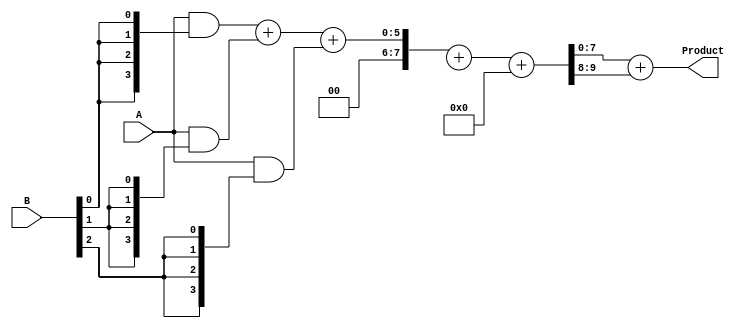
module wallace_tree_multiplier #(parameter N = 4) (
    input [N-1:0] A,
    input [N-1:0] B,
    output reg [2*N-1:0] Product
);

// Internal wires for partial products
wire [N-1:0] pp [0:N-1]; // Partial Products
wire [2*N-1:0] sum [0:N-1]; // Sum outputs from CSAs
wire [2*N-1:0] carry [0:N-1]; // Carry outputs from CSAs

// Generate partial products
genvar i, j;
generate
    for (i = 0; i < N; i = i + 1) begin : partial_product_generation
        assign pp[i] = A & {N{B[i]}};
    end
endgenerate

// Reduce partial products using Carry-Save Adder structure
generate
    for (i = 0; i < N; i = i + 1) begin : reduction_stage
        if (i < N-1) begin
            // First-level CSA
            if (i % 2 == 0) begin
                assign {carry[i], sum[i]} = pp[i] + pp[i+1] + (i + 2 < N ? pp[i+2] : 0);
            end
        end
    end
endgenerate

// Final addition stage
wire [2*N-1:0] final_sum, final_carry;
assign {final_carry, final_sum} = sum[0] + sum[1] + carry[0]; // Add remaining two outputs

// Assign the final product
always @(*) begin
    Product = final_sum + final_carry;
end

endmodule